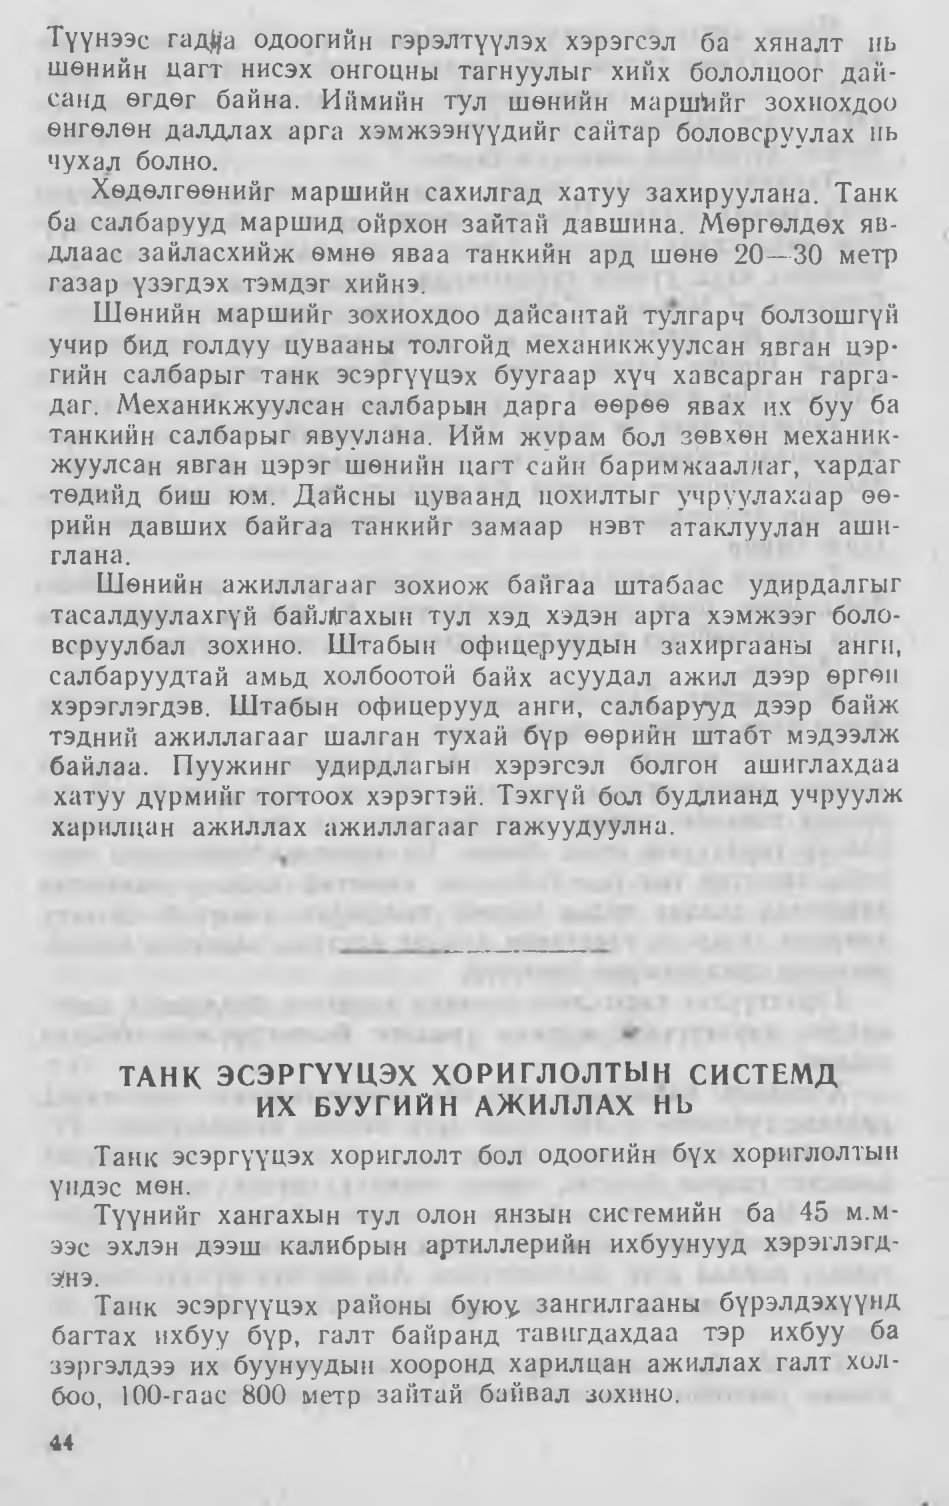
Language: mn